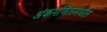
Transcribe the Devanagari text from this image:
अंकगणितामधील